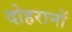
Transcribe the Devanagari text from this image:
दोहरानों